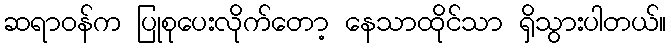
ဆရာဝန်က ပြုစုပေးလိုက်တော့ နေသာထိုင်သာ ရှိသွားပါတယ်။